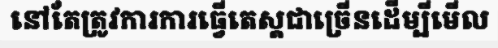
នៅតែត្រូវការការធ្វើតេស្តជាច្រើនដើម្បីមើល